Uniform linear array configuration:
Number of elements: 16
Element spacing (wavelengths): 1
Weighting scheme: cosine
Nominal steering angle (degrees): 30
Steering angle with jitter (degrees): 31.193
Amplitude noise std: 0.05
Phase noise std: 0.05

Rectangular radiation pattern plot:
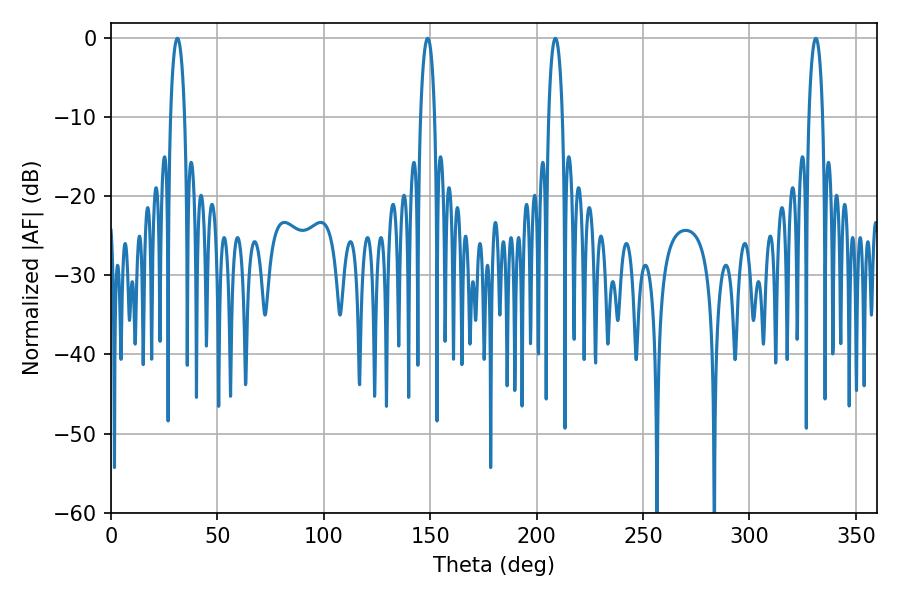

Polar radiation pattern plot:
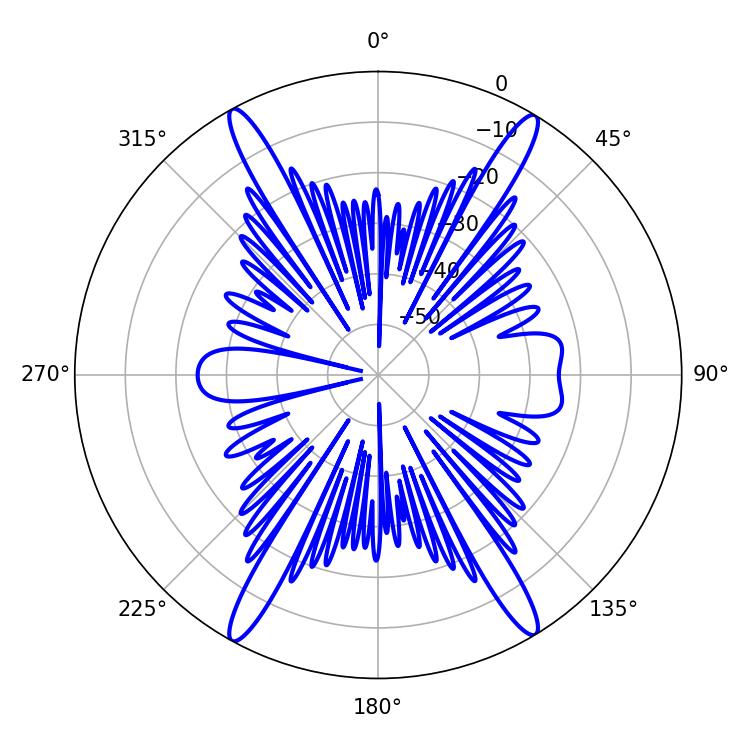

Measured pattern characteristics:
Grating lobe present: TRUE
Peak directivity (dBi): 23.945
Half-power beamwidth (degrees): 3.6
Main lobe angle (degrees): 208.8